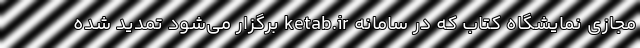
مجازی نمایشگاه کتاب که در سامانه ketab.ir برگزار می‌شود تمدید شده